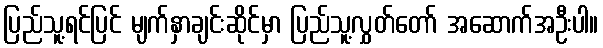
ပြည်သူ့ရင်ပြင် မျက်နှာချင်းဆိုင်မှာ ပြည်သူ့လွှတ်တော် အဆောက်အဦးပါ။